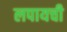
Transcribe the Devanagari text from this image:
लपायची